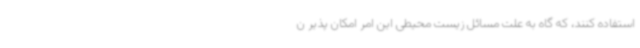
استفاده کنند، که گاه به علت مسائل زیست محیطی این امر امکان پذیر ن